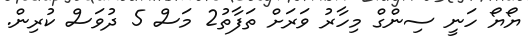
ޔޯޔޯ ހަނީ ސިންގް މިހާރު ވަރަށް ތަފާތު2 މަސް 5 ދުވަސް ކުރިން.